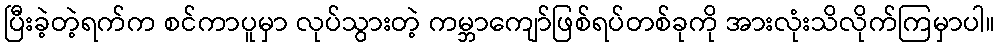
ပြီးခဲ့တဲ့ရက်က စင်ကာပူမှာ လုပ်သွားတဲ့ ကမ္ဘာကျော်ဖြစ်ရပ်တစ်ခုကို အားလုံးသိလိုက်ကြမှာပါ။